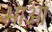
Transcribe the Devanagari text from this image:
भाओ